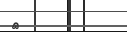
٨